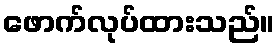
ဖောက်လုပ်ထားသည်။